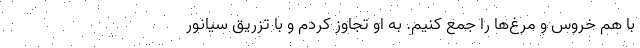
با هم خروس و مرغ‌ها را جمع کنیم. به او تجاوز کردم و با تزریق سیانور